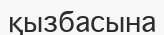
қызбасына